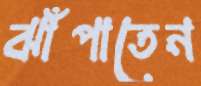
ঝাঁপাতেন